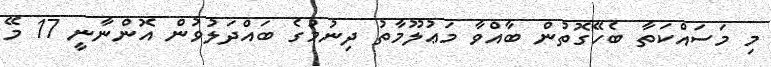
މި މަސައްކަތާ ބެހޭގޮތުން ބާއްވާ މަޢުލޫމާތު ދިނުމުގެ ބައްދަލުވުން އޮންނާނީ 17 މޭ